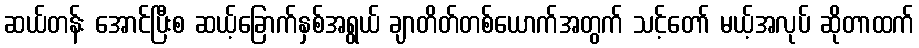
ဆယ်တန်း အောင်ပြီးစ ဆယ့်ခြောက်နှစ်အရွယ် ချာတိတ်တစ်ယောက်အတွက် သင့်တော် မယ့်အလုပ် ဆိုတာထက်